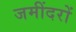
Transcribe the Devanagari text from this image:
जमींदरों